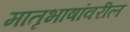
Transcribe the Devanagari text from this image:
मातृभाषांवरील